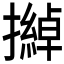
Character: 𱡂